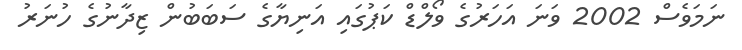
ނަމަވެސް 2002 ވަނަ އަހަރުގެ ވޯލްޑް ކަޕުގައި އަނިޔާގެ ސަބަބުން ޒިދާނުގެ ހުނަރު